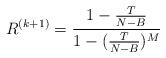
LaTeX: \begin{align*}R^{(k+1)}=\frac{1-\frac{T}{N-B}}{1-(\frac{T}{N-B})^M}\end{align*}